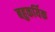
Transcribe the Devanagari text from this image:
बहुकर्यिक